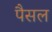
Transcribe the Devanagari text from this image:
पैसल